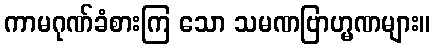
ကာမဂုဏ်ခံစားကြ သော သမဏဗြာဟ္မဏများ။